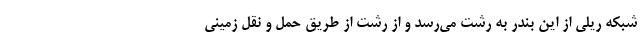
شبکه ریلی از این بندر به رشت می‌رسد و از رشت از طریق حمل و نقل زمینی